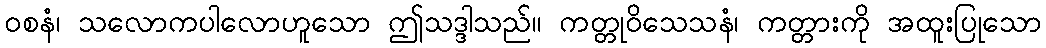
ဝစနံ၊ သလောကပါလောဟူသော ဤသဒ္ဒါသည်။ ကတ္တုဝိသေသနံ၊ ကတ္တားကို အထူးပြုသော